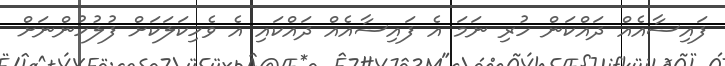
ފައިސާއެއް ދައްކަން ހުރި ނަމަ އެ ފައިސާއެއް ދައްކައި އެ ވެހިކަލަކަށް ފުލުހުންނަށް